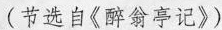
(节选自《醉翁亭记》)